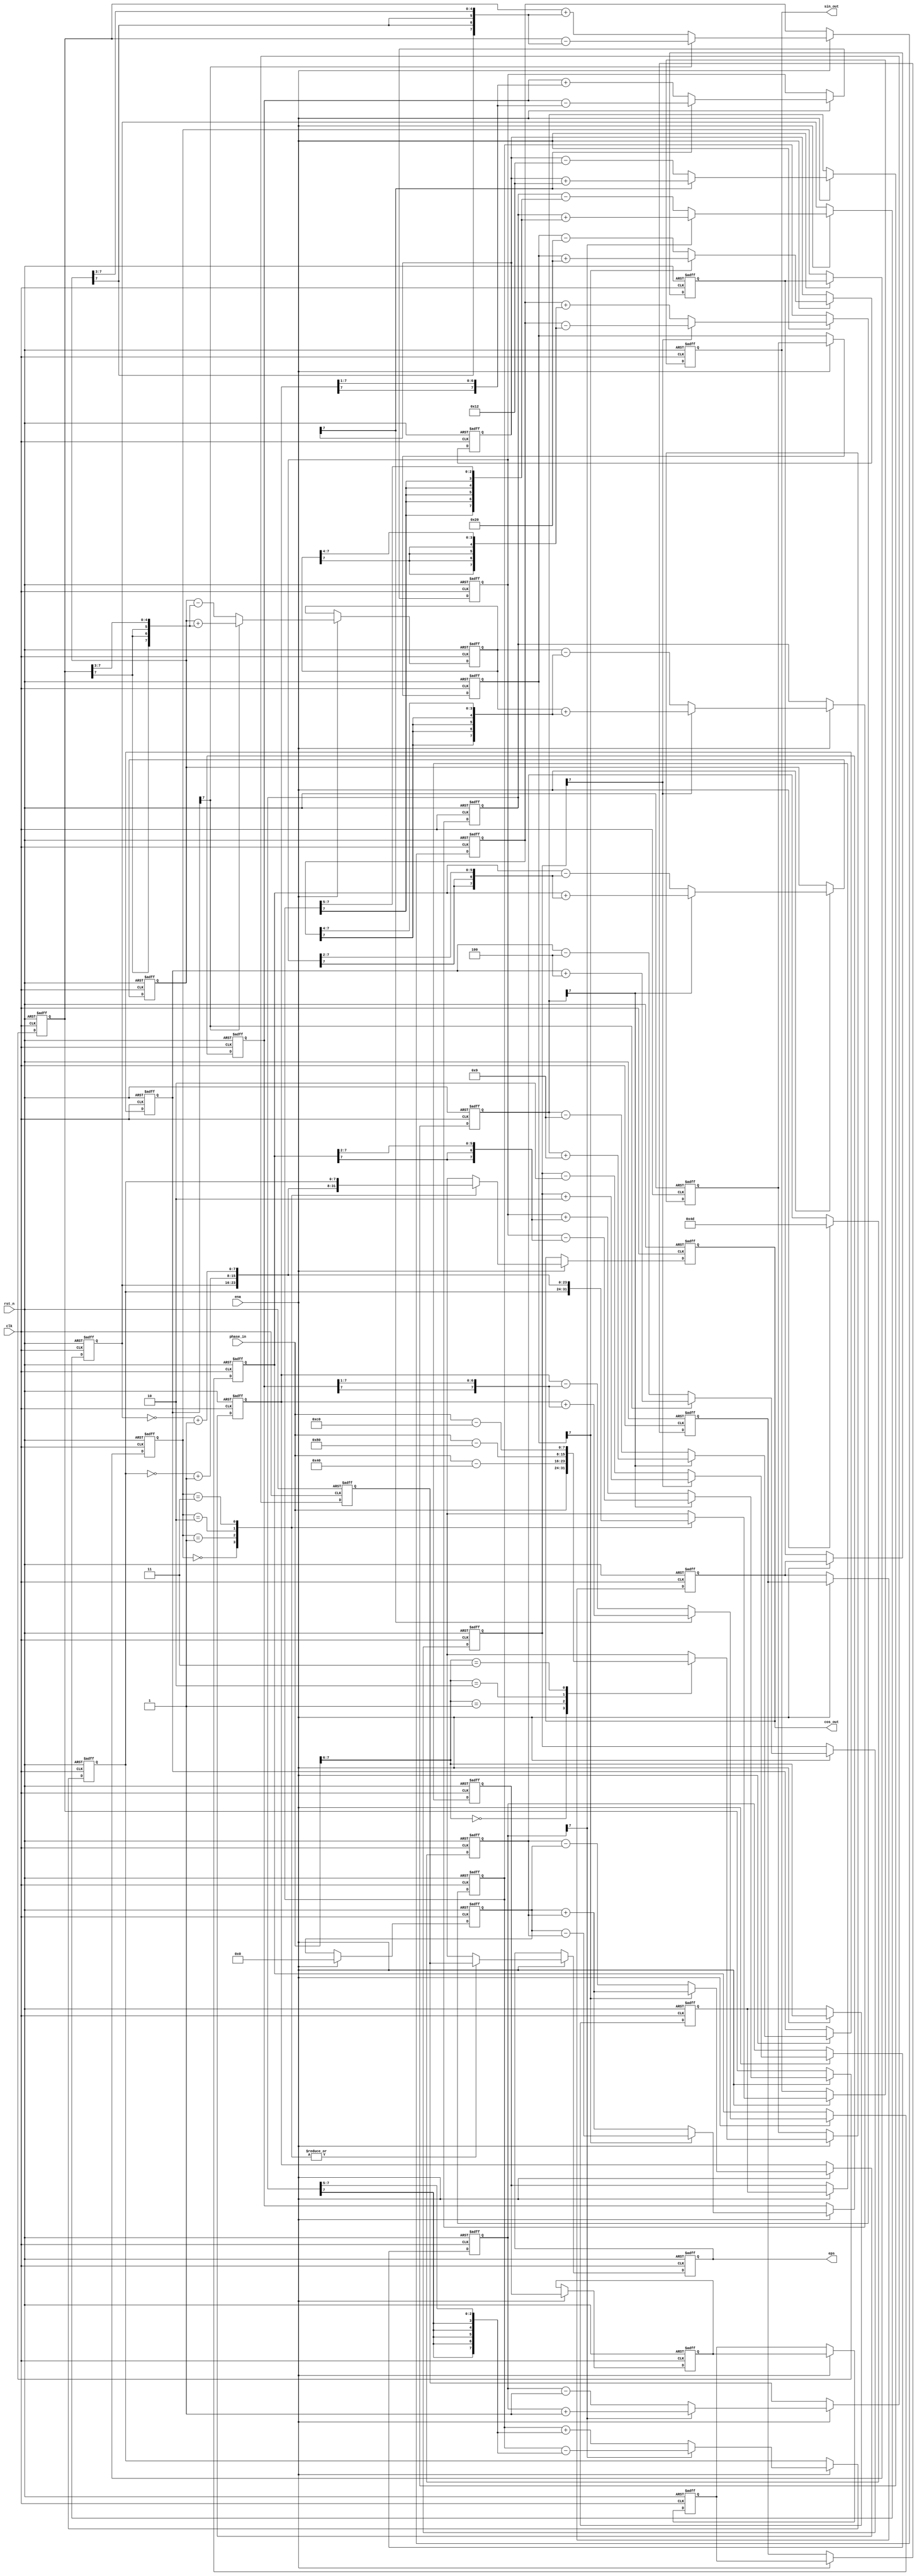
`timescale 1ns / 1ps
//////////////////////////////////////////////////////////////////////////////////
// Company: 
// Engineer: 
// 
// Design Name: 
// Module Name:    cordic 
// Project Name: 
// Target Devices: 
// Tool versions: 
// Description: 
//
// Dependencies: 
//
// Revision: 
// Revision 0.01 - File Created
// Additional Comments: 
//
//////////////////////////////////////////////////////////////////////////////////
module cordic(clk,rst_n,ena,phase_in,sin_out,cos_out,eps);

parameter DATA_WIDTH=8;
parameter PIPELINE=8;

input clk;
input rst_n;
input ena;
input [DATA_WIDTH-1:0] phase_in;

output [DATA_WIDTH-1:0] sin_out;
output [DATA_WIDTH-1:0] cos_out;
output [DATA_WIDTH-1:0] eps;

reg [DATA_WIDTH-1:0] sin_out;
reg [DATA_WIDTH-1:0] cos_out;
reg [DATA_WIDTH-1:0] eps;

reg  [DATA_WIDTH-1:0] phase_in_reg;

reg  [DATA_WIDTH-1:0] x0,y0,z0;
reg  [DATA_WIDTH-1:0] x1,y1,z1;
reg  [DATA_WIDTH-1:0] x2,y2,z2;
reg  [DATA_WIDTH-1:0] x3,y3,z3;
reg  [DATA_WIDTH-1:0] x4,y4,z4;
reg  [DATA_WIDTH-1:0] x5,y5,z5;
reg  [DATA_WIDTH-1:0] x6,y6,z6;
reg  [DATA_WIDTH-1:0] x7,y7,z7;

reg [1:0] quadrant[PIPELINE:0];
integer i;
//get real quadrant and map to first_n quadrant

always @(posedge clk or negedge rst_n)
begin
   if(!rst_n)
      phase_in_reg<=8'b0000_0000;
   else
      if(ena)
         begin
            case(phase_in[7:6])
               2'b00:phase_in_reg<=phase_in;
               2'b01:phase_in_reg<=phase_in - 8'h40;  //-pi/2
               2'b10:phase_in_reg<=phase_in - 8'h80;  //-pi
               2'b11:phase_in_reg<=phase_in - 8'hc0;  //-3pi/2
               default:;
            endcase
         end
end

always @(posedge clk or negedge rst_n)
begin
   if(!rst_n)
      begin
         x0<=8'b0000_0000;
         y0<=8'b0000_0000;
         z0<=8'b0000_0000;
      end
   else
      if(ena)
         begin
            x0 <= 8'h4D;
//define aggregate constant Xi=1/P=1/1.6467=0.69725(Xi=2^7*P=8'h4D)
            y0 <= 8'h00; 
            z0 <= phase_in_reg; 
         end
end

//level 1
always @(posedge clk or negedge rst_n)
begin
   if(!rst_n)
      begin
         x1<=8'b0000_0000;
         y1<=8'b0000_0000;
         z1<=8'b0000_0000;
      end
   else
      if(ena)
         if(z0[7]==1'b0)
            begin
               x1 <= x0 - y0;
               y1 <= y0 + x0;
               z1 <= z0 - 8'h20;  //45deg
            end
         else
            begin
               x1 <= x0 + y0;
               y1 <= y0 - x0;
               z1 <= z0 + 8'h20;  //45deg
            end
end

//level2
always @(posedge clk or negedge rst_n)
begin
   if(!rst_n)
      begin
         x2<=8'b0000_0000;
         y2<=8'b0000_0000;
         z2<=8'b0000_0000;
      end
   else
      if(ena)
         if(z1[7]==1'b0)
            begin
               x2 <= x1 - {y1[DATA_WIDTH-1],y1[DATA_WIDTH-1:1]};
               y2 <= y1 + {x1[DATA_WIDTH-1],x1[DATA_WIDTH-1:1]};
               z2 <= z1 - 8'h12;  //26deg
            end
         else
            begin
               x2 <= x1 + {y1[DATA_WIDTH-1],y1[DATA_WIDTH-1:1]};
               y2 <= y1 - {x1[DATA_WIDTH-1],x1[DATA_WIDTH-1:1]};
               z2 <= z1 + 8'h12;  //26deg
            end
end

//level3
always @(posedge clk or negedge rst_n)
begin
   if(!rst_n)
      begin
         x3<=8'b0000_0000;
         y3<=8'b0000_0000;
         z3<=8'b0000_0000;
      end
   else
      if(ena)
         if(z2[7]==1'b0)
            begin
               x3 <= x2 - {{2{y2[DATA_WIDTH-1]}},y2[DATA_WIDTH-1:2]};
               y3 <= y2 + {{2{x2[DATA_WIDTH-1]}},x2[DATA_WIDTH-1:2]};
               z3 <= z2 - 8'h09;  //14deg
            end
         else
            begin
              x3 <= x2 + {{2{y2[DATA_WIDTH-1]}},y2[DATA_WIDTH-1:2]};
              y3 <= y2 - {{2{x2[DATA_WIDTH-1]}},x2[DATA_WIDTH-1:2]};
              z3 <= z2 + 8'h09;  //14deg
            end
end            
  
//level4
always @(posedge clk or negedge rst_n)
begin
   if(!rst_n)
      begin
         x4<=8'b0000_0000;
         y4<=8'b0000_0000;
         z4<=8'b0000_0000;
      end
   else
      if(ena)
         if(z3[7]==1'b0)
            begin
               x4 <= x3 - {{3{y3[DATA_WIDTH-1]}},y3[DATA_WIDTH-1:3]};
               y4 <= y3 + {{3{x3[DATA_WIDTH-1]}},x3[DATA_WIDTH-1:3]};
               z4 <= z3 - 8'h04;  //7deg
            end
         else
            begin
               x4 <= x3 + {{3{y3[DATA_WIDTH-1]}},y3[DATA_WIDTH-1:3]};
               y4 <= y3 - {{3{x3[DATA_WIDTH-1]}},x3[DATA_WIDTH-1:3]};
               z4 <= z3 + 8'h04;  //7deg
            end
end 

//level5
always @(posedge clk or negedge rst_n)
begin
   if(!rst_n)
      begin
         x5<=8'b0000_0000;
         y5<=8'b0000_0000;
         z5<=8'b0000_0000;
      end
   else
      if(ena)
         if(z4[7]==1'b0)
            begin
               x5 <= x4 - {{4{y4[DATA_WIDTH-1]}},y4[DATA_WIDTH-1:4]};
               y5 <= y4 + {{4{x4[DATA_WIDTH-1]}},x4[DATA_WIDTH-1:4]};
               z5 <= z4 - 8'h02;  //4deg
            end
         else
            begin
               x5 <= x4 + {{4{y4[DATA_WIDTH-1]}},y4[DATA_WIDTH-1:4]};
               y5 <= y4 - {{4{x4[DATA_WIDTH-1]}},x4[DATA_WIDTH-1:4]};
               z5 <= z4 + 8'h02;  //4deg
            end
end 

//level6
always @(posedge clk or negedge rst_n)
begin
   if(!rst_n)
      begin
         x6<=8'b0000_0000;
         y6<=8'b0000_0000;
         z6<=8'b0000_0000;
      end
   else
      if(ena)
         if(z5[7]==1'b0)
            begin
               x6 <= x5 - {{5{y5[DATA_WIDTH-1]}},y5[DATA_WIDTH-1:5]};
               y6 <= y5 + {{5{x5[DATA_WIDTH-1]}},x5[DATA_WIDTH-1:5]};
               z6 <= z5 - 8'h01;  //2deg
            end
         else
            begin
               x6 <= x5 + {{5{y5[DATA_WIDTH-1]}},y5[DATA_WIDTH-1:5]};
               y6 <= y5 - {{5{x5[DATA_WIDTH-1]}},x5[DATA_WIDTH-1:5]};
               z6 <= z5 + 8'h01;  //2deg
            end
end 

//remain the quadrant information for 'duiqi'
always @(posedge clk or negedge rst_n)
begin
   if(!rst_n)
      for(i=0; i<=PIPELINE; i=i+1)
         quadrant[i]<=2'b00;
   else
      if(ena)
         begin
            for(i=0; i<PIPELINE; i=i+1)
               quadrant[i+1]<=quadrant[i];
               quadrant[0]<=phase_in[7:6];
         end
end

always @(posedge clk or negedge rst_n)
begin
   if(!rst_n)
      begin
         sin_out <= 8'b0000_0000;
         cos_out <= 8'b0000_0000;
         eps <= 8'b0000_0000;
      end
   else
      if(ena)
         case(quadrant[7])
            2'b00:begin
                     sin_out <= y6; 
                     cos_out <= x6;
                     eps <= z6;
                  end
            2'b01:begin
                     sin_out <= x6; 
                     cos_out <= ~(y6) + 1'b1;
                     eps <= z6;
                  end
            2'b10:begin
                     sin_out <= ~(y6) + 1'b1; 
                     cos_out <= ~(x6) + 1'b1;
                     eps <= z6;
                  end
            2'b11:begin
                     sin_out <= ~(x6) + 1'b1; 
                     cos_out <= y6;
                     eps <= z6;
                  end
         endcase
end

endmodule